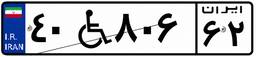
۴۰W۸۰۶۶۲